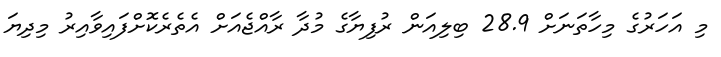
މި އަހަރުގެ މިހާތަނަށް 28.9 ބިލިއަން ރުފިޔާގެ މުދާ ރާއްޖެއަށް އެތެރެކޮށްފައިވާއިރު މިދިޔަ